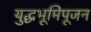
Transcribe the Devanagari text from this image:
युद्धभूमिपूजन